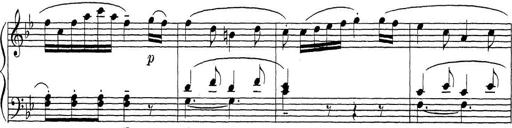
Title: ÄŒeskÃ© Sonatiny
Composer: Various